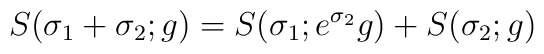
S(\sigma_{1} + \sigma_{2}; g) = S(\sigma_{1}; e^{\sigma_{2}}g)+  S(\sigma_{2}; g)